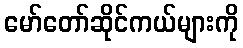
မော်တော်ဆိုင်ကယ်များကို